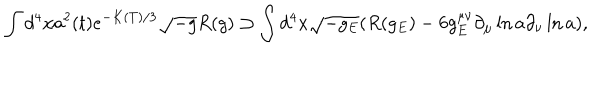
\int d ^ { 4 } x a ^ { 2 } ( t ) e ^ { - K ( T ) / 3 } \sqrt { - g } R ( g ) \supset \int d ^ { 4 } x \sqrt { - g _ { E } } ( R ( g _ { E } ) - 6 g _ { E } ^ { \mu \nu } \partial _ { \mu } \ln a \partial _ { \nu } \ln a ) ,